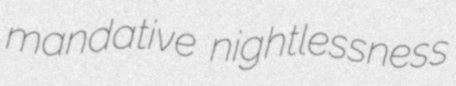
mandative nightlessness